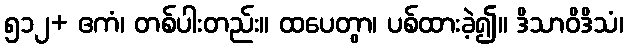
၅၁၂+ ဧကံ၊ တစ်ပါးတည်း။ ထပေတွာ၊ ပစ်ထားခဲ့၍။ ဒိသာဝိဒိသံ၊